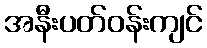
အနီးပတ်ဝန်းကျင်